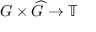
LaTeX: G \times { \widehat { G } } \to \mathbb { T }